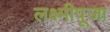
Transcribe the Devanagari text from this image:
लक्ष्मीपूजा